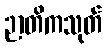
ဉာတိကသုတ်